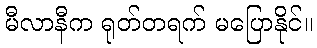
မီလာနီက ရုတ်တရက် မပြောနိုင်။